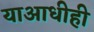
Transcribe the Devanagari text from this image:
याआधीही